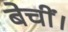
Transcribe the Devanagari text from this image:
बेचीं।